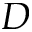
D